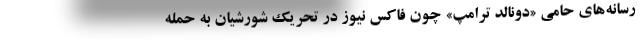
رسانه‌های حامی «دونالد ترامپ» چون فاکس نیوز در تحریک شورشیان به حمله